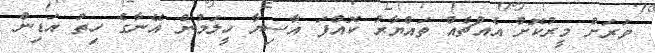
ވަރަށް މީރުކޮށް އެއްޗެއް ތައްޔާރު ކޮއްފަ އާސިޔާ ހީލަމުން އޭނާގެ ހިތު އަޑިން